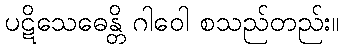
ပဋိသေဓေန္တိ ဂါဝေါ စသည်တည်း။